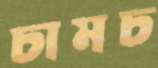
চামচ